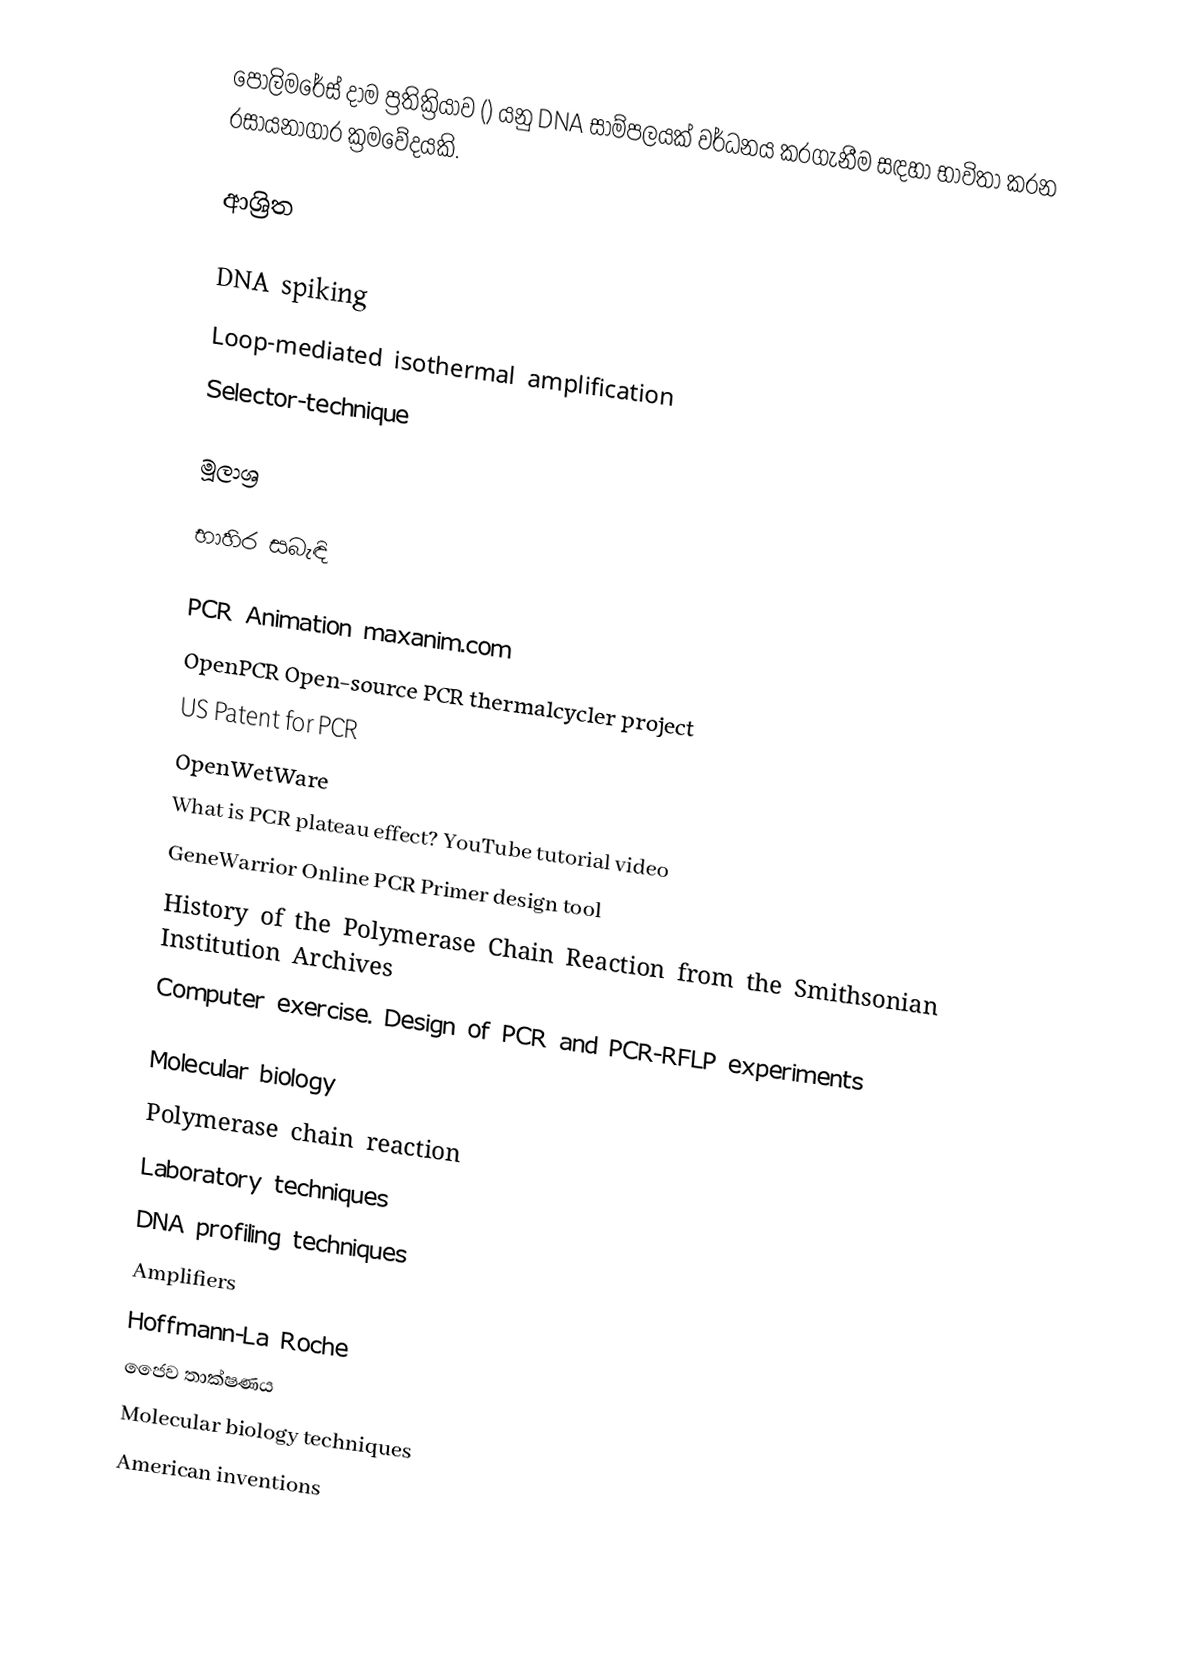
පොලිමරේස්‌ දාම ප්‍රතික්‍රියාව () යනු DNA සාම්පලයක් වර්ධනය කරගැනීම සඳහා භාවිතා කරන රසායනාගාර ක්‍රමවේදයකි.

ආශ්‍රිත

DNA spiking
Loop-mediated isothermal amplification
Selector-technique

මූලාශ්‍ර

භාහිර සබැඳි

 PCR Animation maxanim.com
 OpenPCR Open-source PCR thermalcycler project
 US Patent for PCR
 OpenWetWare
 What is PCR plateau effect? YouTube tutorial video
 GeneWarrior Online PCR Primer design tool
 History of the Polymerase Chain Reaction from the Smithsonian Institution Archives
  Computer exercise. Design of PCR and PCR-RFLP experiments

Molecular biology
Polymerase chain reaction
Laboratory techniques
DNA profiling techniques
Amplifiers
Hoffmann-La Roche
ජෛව තාක්ෂණය
Molecular biology techniques
American inventions